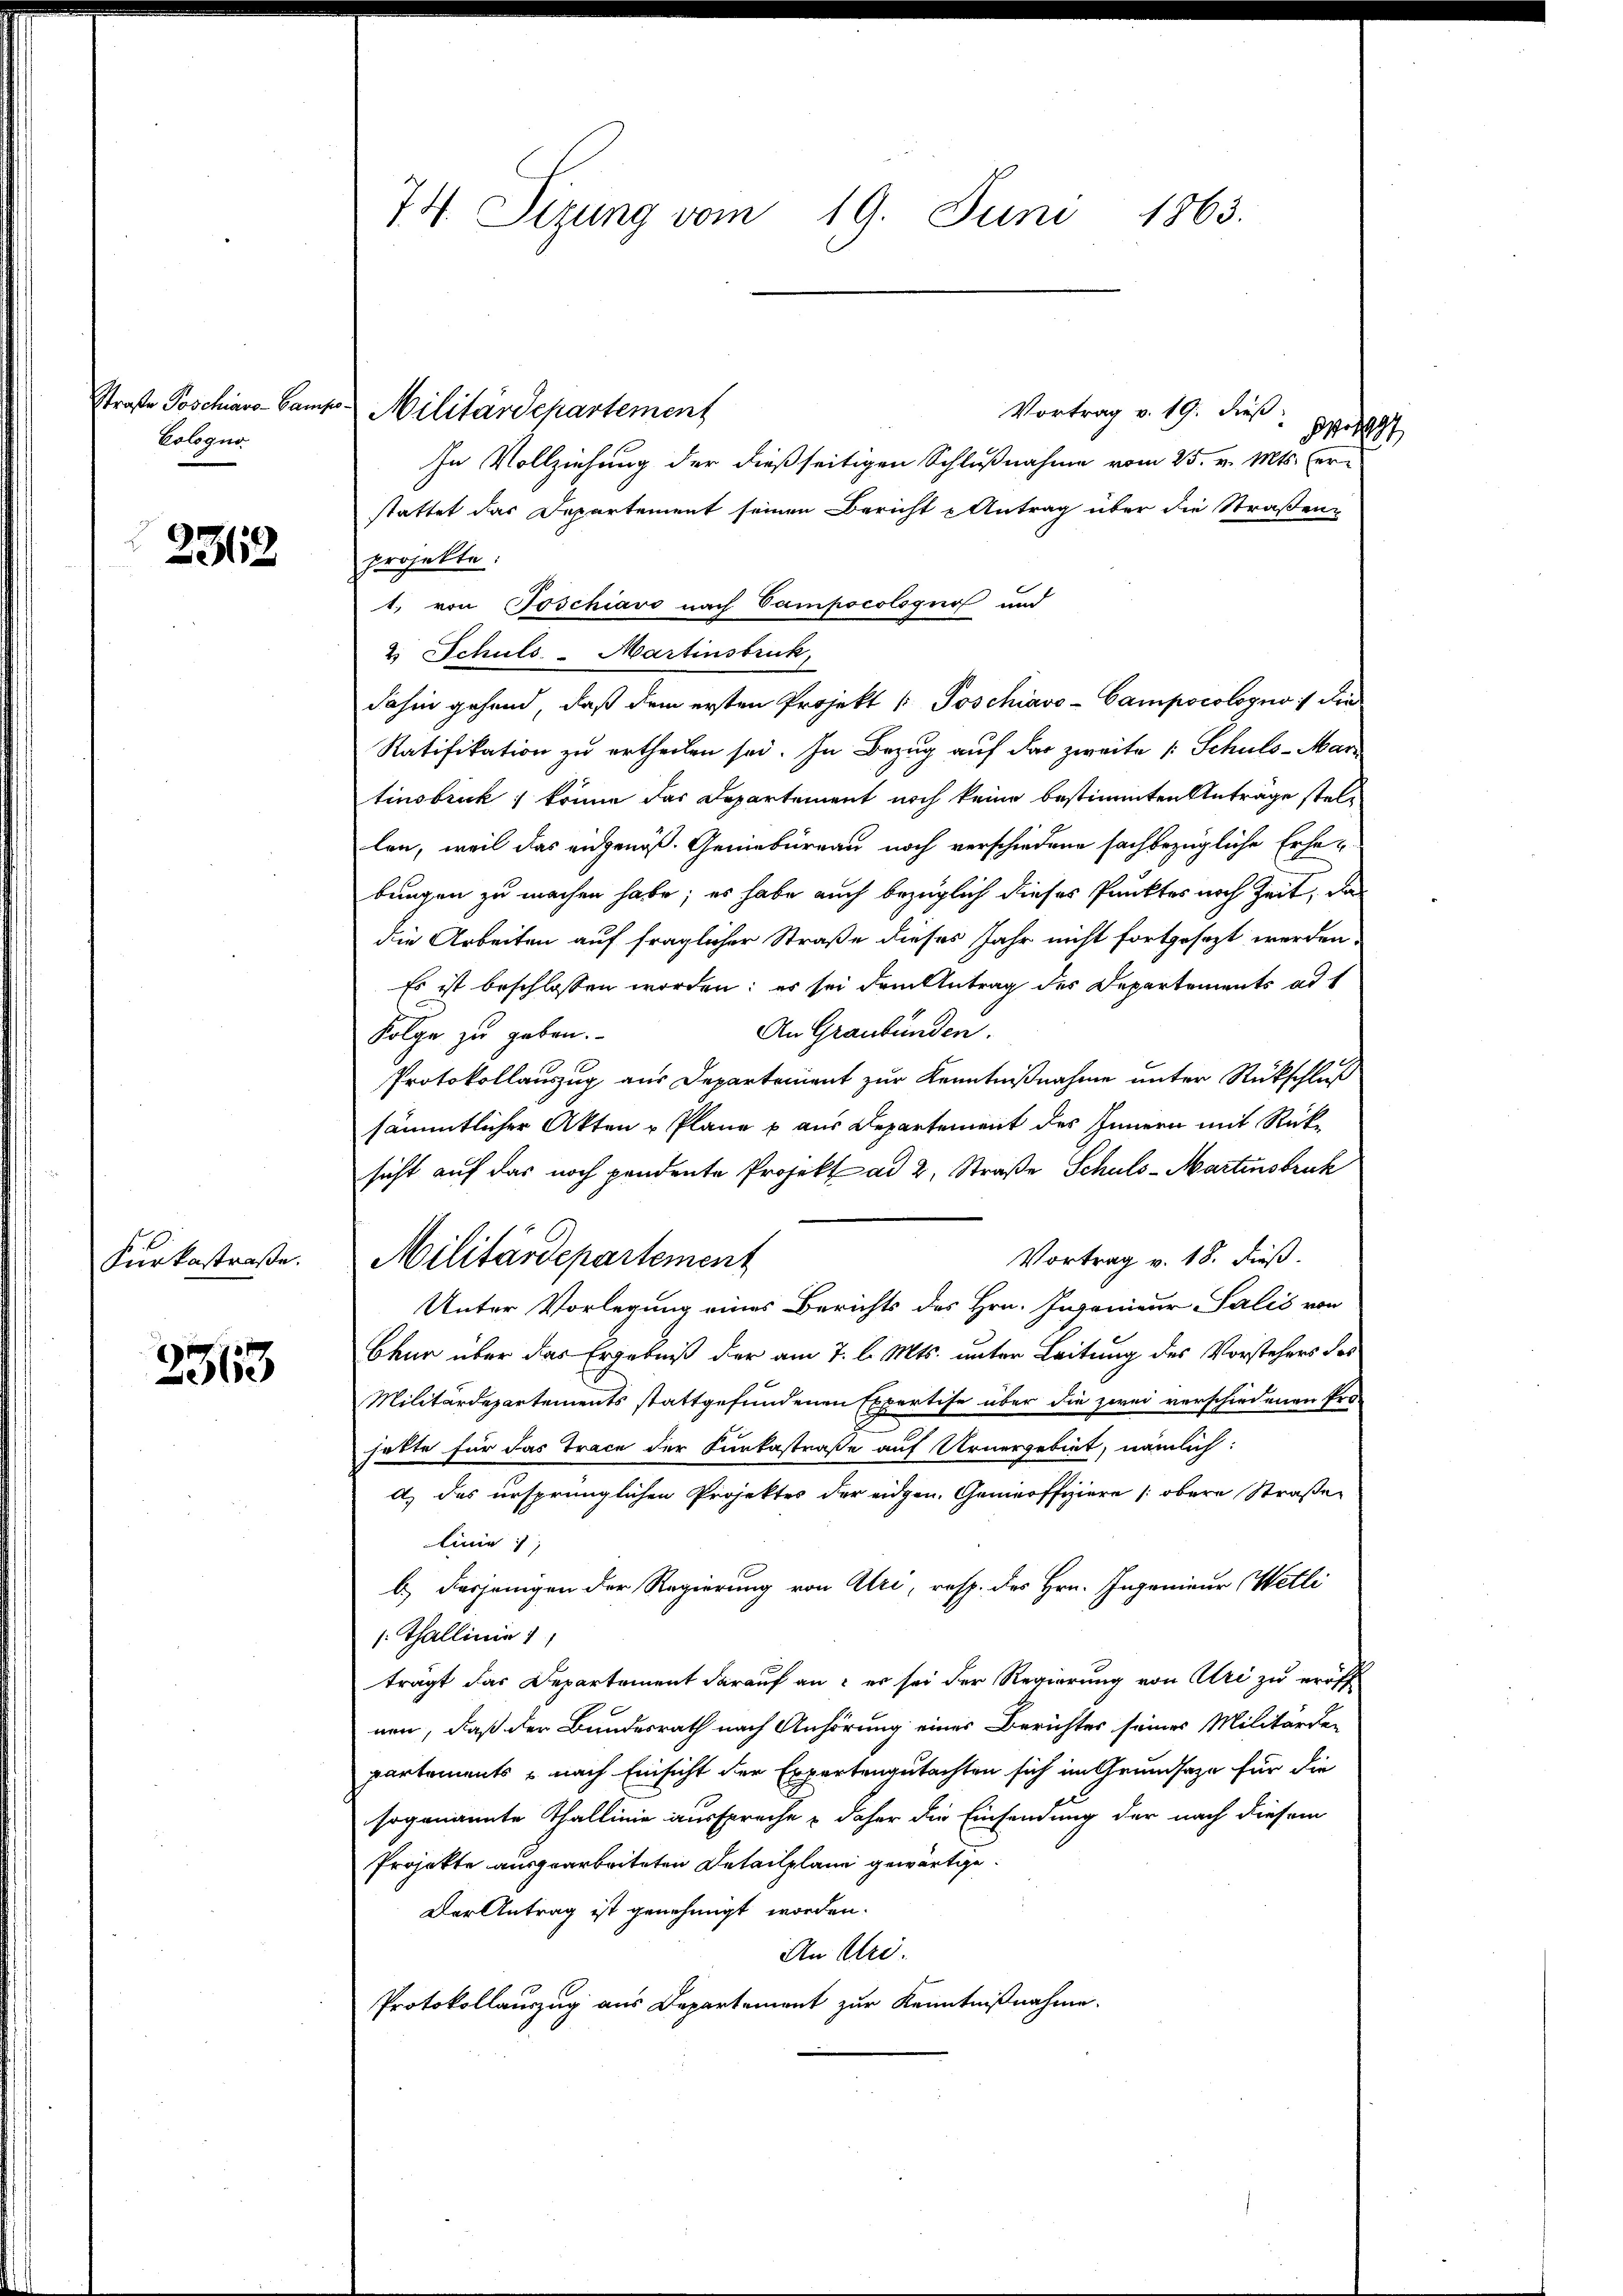
Vologus

23113

Kurkostraße.

2363

Vortrag v. 19. dieß:
o
In Vollziehung der dießseitigen Schlußnahme vom 25. v. Mts. er-
stattet das Departement seinen Bericht Antrag über die Straßen-
projekte:
1. von Toschiavo nach Vampocologus und
2. Schuls-Martinsbruk,
dahin gehend, daß dem ersten Projekt / Poschiavo-Campocologno :/ die
Ratifikation zu ertheilen sei. In Bezug auf das zweite 1 Schuls-Marz
tinsbruck; könne das Departement noch keine bestimmten Anträge stellen, weil das eidgenöß. Geniebureau noch verschiedene sachbezügliche Erhebungen zu machen habe; es habe auch bezüglich dieses Punktes noch Zeit, da
die Arbeiten auf fraglicher Straße dieses Jahr nicht fortgesezt werden.
Es ist beschlossen worden; es sei dem Antrag des Departements ad 1
An Graubünden.
Folge zu geben.
Protokollauszug aus Departement zur Kenntnißnahme unter Rückschluß
sämmtlicher Akten u Plane u aus Departement des Innern mit Rücksicht auf das noch pendente Projekt ad 2, Straße Schuls-Martinsbruk
Vortrag v. 18. dieß.
Militärdepartement
Unter Vorlegung eines Berichts des Hrn. Ingenieur Salis von
Chur über das Ergebniß der am 7. l. Mts. unter Leitung des Vorstehers des
Militärdepartements stattgefundenen Expertise über die zwei verschiedenen Pro-
hätte für das Trace der Funkastraße auf Urnergebiet, nämlich:
A. des ursprünglichen Projektes der eidgen. Gemeoffiziere (obere Straßen
Linie
b.) Dasjenigen der Regierung von Uri, resp. des Hrn. Ingenieur Wetli
/: Thallinie 11
trägt das Departement darauf an: er sei der Regierung von Uri zu eröff
nen, daß der Bundesrath nach Anhörung eines Berichtes seines Militärde-
partements - nach Einsicht der Expertengutachten sich im Grundsaze für die
sogenannte Thallinie ausspreche & daher die Einsendung der nach diesem
Projekte ausgearbeiteten Detailplane gewärtige.
Der Antrag ist genehmigt worden.
An Uri.
Protokollauszug aus Departement zur Kenntnißnahme.

74. Sizung vom 19. Juni 1863.

Straße Poschine-Campe Militärdepartement